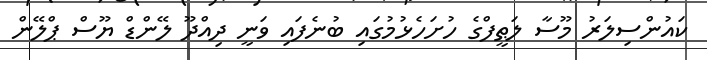
ކައުންސިލަރު މޫސާ ލަޠީފްގެ ހުށަހެޅުމުގައި ބުނެފައި ވަނީ ދިއްދޫ ލޭންޑް ޔޫސް ޕްލޭން